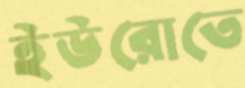
ইউরোতে